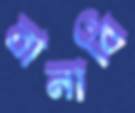
বানাবি